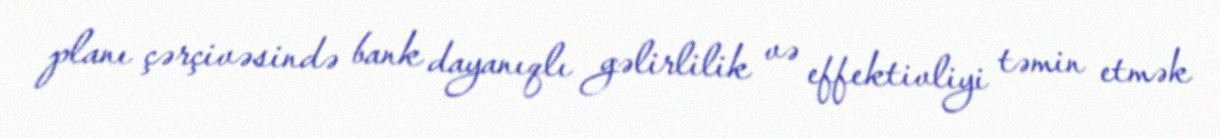
planı çərçivəsində bank dayanıqlı gəlirlilik və effektivliyi təmin etmək